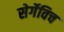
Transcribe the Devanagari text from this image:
सेर्गेविच